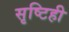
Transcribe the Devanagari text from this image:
सृष्टिही